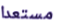
مستعدا